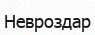
Невроздар